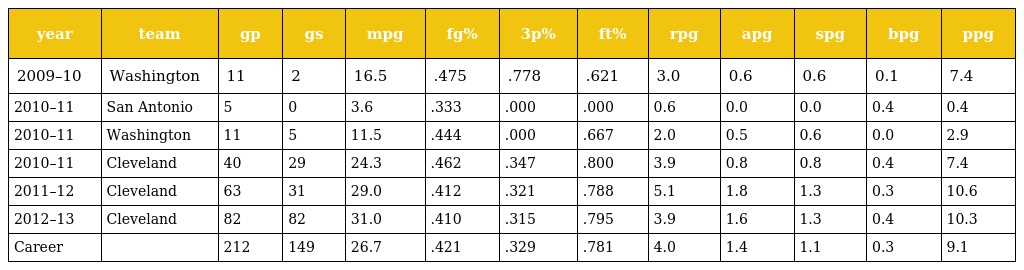
| year | team | gp | gs | mpg | fg% | 3p% | ft% | rpg | apg | spg | bpg | ppg |
 | --- | --- | --- | --- | --- | --- | --- | --- | --- | --- | --- | --- | --- |
 | 2009–10 | Washington | 11 | 2 | 16.5 | .475 | .778 | .621 | 3.0 | 0.6 | 0.6 | 0.1 | 7.4 |
 | 2010–11 | San Antonio | 5 | 0 | 3.6 | .333 | .000 | .000 | 0.6 | 0.0 | 0.0 | 0.4 | 0.4 |
 | 2010–11 | Washington | 11 | 5 | 11.5 | .444 | .000 | .667 | 2.0 | 0.5 | 0.6 | 0.0 | 2.9 |
 | 2010–11 | Cleveland | 40 | 29 | 24.3 | .462 | .347 | .800 | 3.9 | 0.8 | 0.8 | 0.4 | 7.4 |
 | 2011–12 | Cleveland | 63 | 31 | 29.0 | .412 | .321 | .788 | 5.1 | 1.8 | 1.3 | 0.3 | 10.6 |
 | 2012–13 | Cleveland | 82 | 82 | 31.0 | .410 | .315 | .795 | 3.9 | 1.6 | 1.3 | 0.4 | 10.3 |
 | Career |  | 212 | 149 | 26.7 | .421 | .329 | .781 | 4.0 | 1.4 | 1.1 | 0.3 | 9.1 |